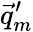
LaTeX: \vec{q}_{m}^{\prime}